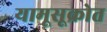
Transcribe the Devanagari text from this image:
यामूसूक्रोत